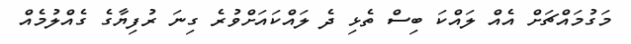
މަގުމައްޗަށް އެއް ލައްކަ ބިސް ތެޅި ދެ ލައްކައަށްވުރެ ގިނަ ރުފިޔާގެ ގެއްލުމެއް